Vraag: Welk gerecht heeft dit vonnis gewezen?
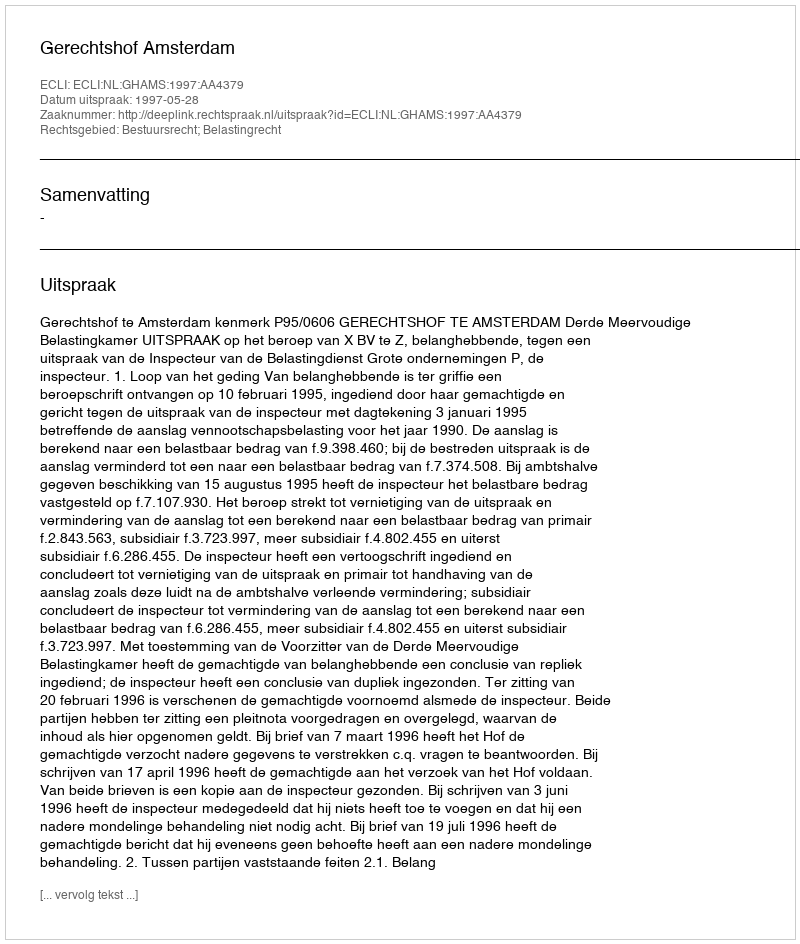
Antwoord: Gerechtshof Amsterdam